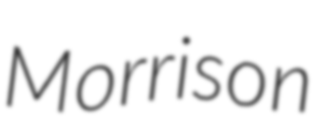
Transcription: Morrison